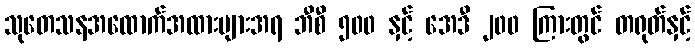
သုတေသနအထောက်အထားများအရ ဘီစီ ၅၀၀ နှင့် အေဒီ ၂၀၀ ကြားတွင် တရုတ်နှင့်